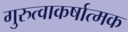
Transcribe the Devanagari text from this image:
गुरुत्वाकर्षात्मक